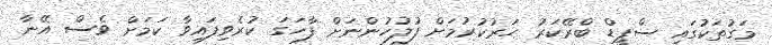
މަގުތަކުގައި ސްޕީޑް ބްރޭކަރު ހަރުކުރުމަށް ފުލުހުންނަށް ފާހަގަ ކުރެވިފައިވާ ކަމަށް ވެސް އޭނާ